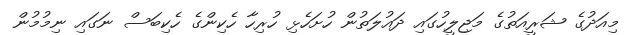
މިއަދުގެ ޝަރީއަތުގެ މަޖިލީހުގައި ދައުލަތުން ހުށަހެޅި ހުރިހާ ހެކިންގެ ހެކިބަސް ނަގައި ނިމުމުން